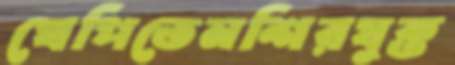
খেপিতেনশিরযুক্ত